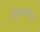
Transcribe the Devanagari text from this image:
लेखमालेद्वारा